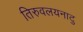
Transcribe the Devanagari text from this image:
तिरुवलयनाटु